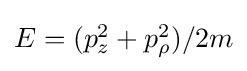
{\textstyle E=(p_{z}^{2}+p_{\rho }^{2})/2m}